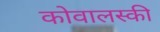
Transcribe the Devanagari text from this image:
कोवालस्की